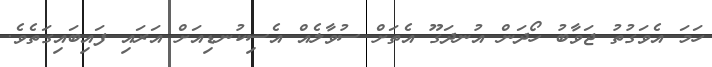
ހަމަ އެވަގުތު ޖަވާބު ހޯދަން އުނދަގޫ އެތަށް ސުވާލެއް އެސިކުނޑިއަށް އަރަައި ފައިބައިގަތެވެ.